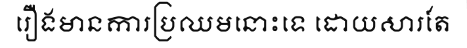
រឿងមានការប្រឈមនោះទេ ដោយសារតែ